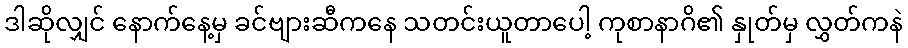
ဒါဆိုလျှင် နောက်နေ့မှ ခင်ဗျားဆီကနေ သတင်းယူတာပေါ့ ကုစာနာဂိ၏ နှုတ်မှ လွှတ်ကနဲ